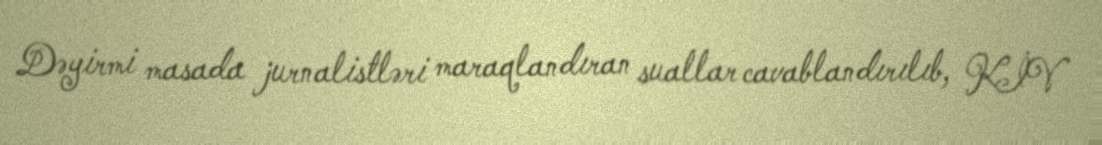
Dəyirmi masada jurnalistləri maraqlandıran suallar cavablandırılıb, KİV